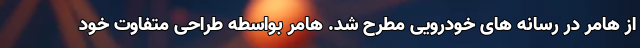
از هامر در رسانه های خودرویی مطرح شد. هامر بواسطه طراحی متفاوت خود